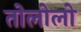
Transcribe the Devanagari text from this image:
तोलोलो